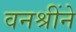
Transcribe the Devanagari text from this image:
वनश्रींने